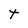
Character: T